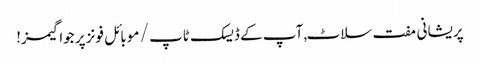
پریشانی مفت سلاٹ, آپ کے ڈیسک ٹاپ / موبائل فونز پر جوا گیمز!